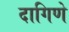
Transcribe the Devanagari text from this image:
दागिणे